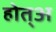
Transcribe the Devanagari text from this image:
होत्अ